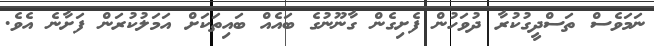
ނަމަވެސް ތަސްދީގުކުރާ ދުވަހުން ފެށިގެން ގާނޫނުގެ ބައެއް ބައިތަކަށް އަމަލުކުރަން ފަށާނެ އެވެ.